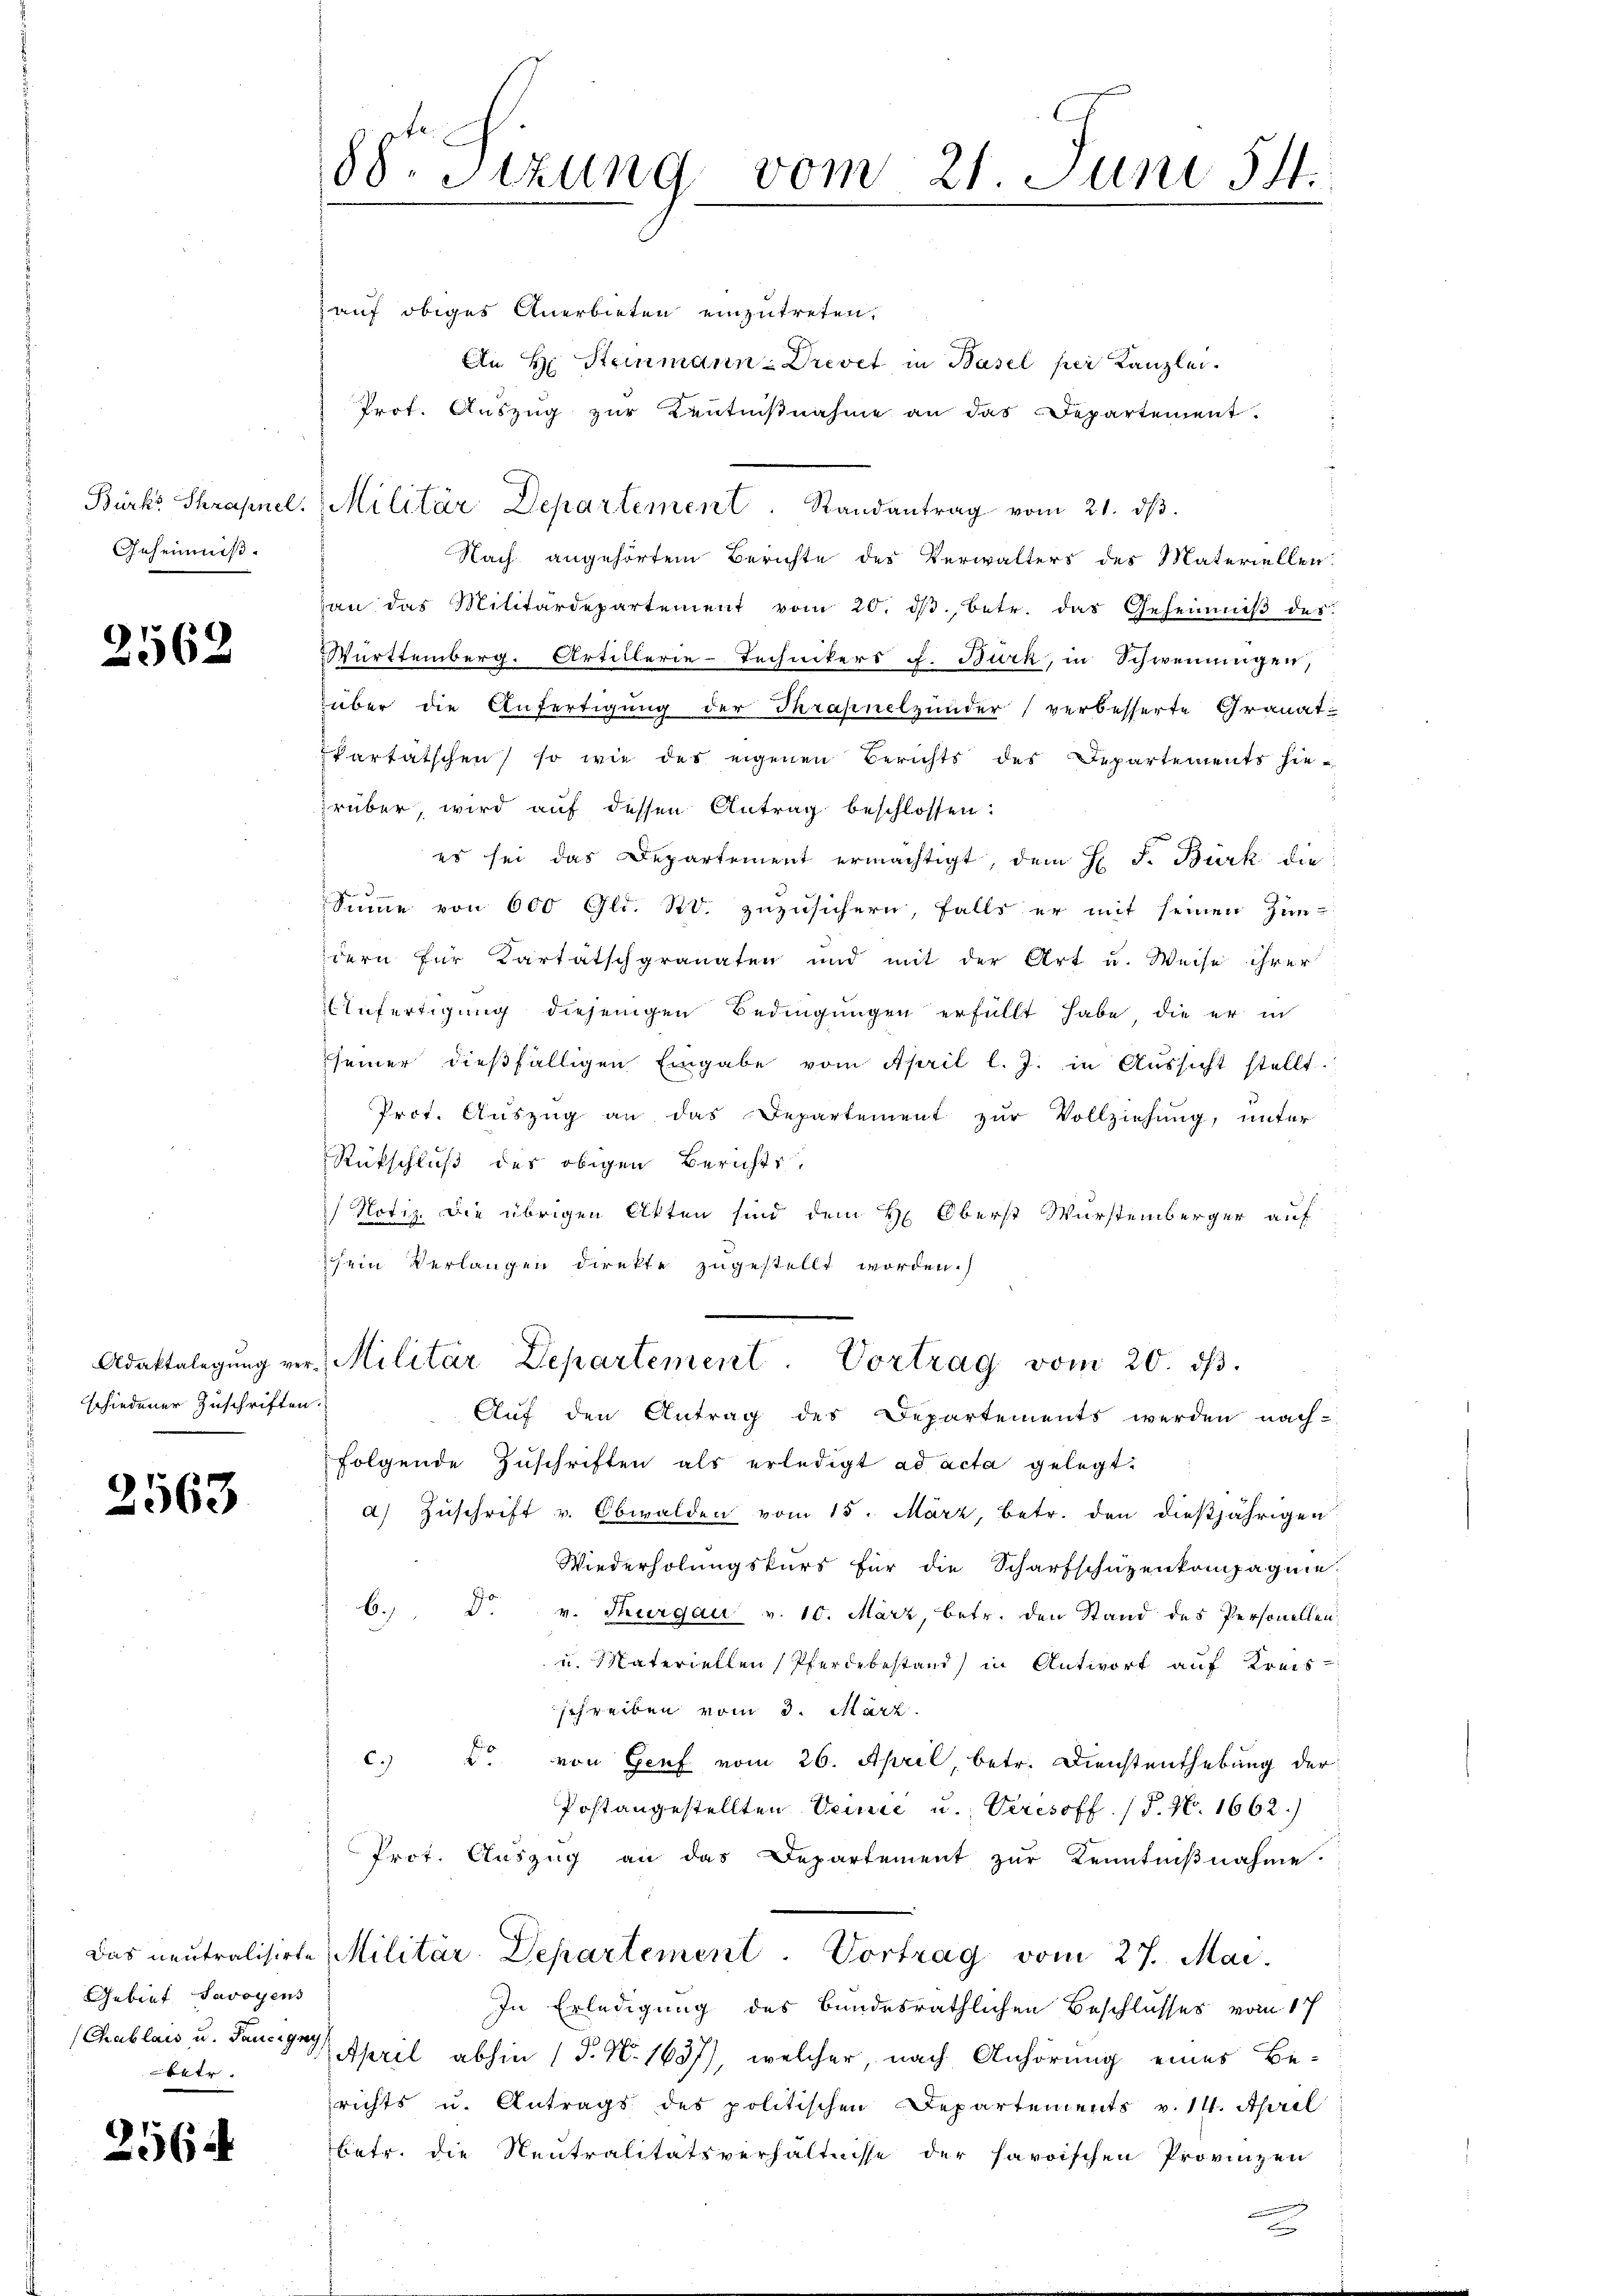
Bürks Shrahnel.
Geheimis.

2562

schiedener Zuschriften.

2563

Gebiet Savoyens
u
betr.

2564

88. Sizung vom 21. Juni 54.

auf obiges Anerbieten einzutreten.
An H. Steinmann-Drevet in Basel per Kanzlei.
Prof. Auszug zur Zentnisnahme an das Departement.
Nach angehörtem Berichte des Verwalters des Materiellen:
van das Militärdepartement vom 20. dβ betr. das Geheimniβ des
Württemberg. Artillerie-Technikers J. Bürk, in Schweinungen,
über die Anfertigung der Thrapnelzunder verbesserte Granat
Vartätschen) so wie des eigenen Berichts des Departements hierüber, wird auf dessen Antrag beschlossen:
es sei das Departement ermächtigt, dem H. F. Bürk die
Summe von 600 Gld. Std. zuzusichern, falls er mit seinen Zim-
dern für Kartatschgranaten und mit der Art u. Weise ihrer
Zufertigung diejenigen Bedingungen erfüllt habe, die er in
seiner dießfälligen Eingabe vom April l. J. in Aŭssicht stellt.
Prot. Auszug an das Departement zur Vollziehung, unter
Rückschluß des obigen Berichts,
/ Notiz Die übrigen Akten sind dem H: Oberst Wurstemberger auf
schein Verlangen direkte zugestellt worden.
Adattalegŭng ver Militär Departement. Vortrag vom 20. ds.
Auf den Antrag des Departements werden nach-
folgende Zuschriften als erledigt ad acta gelegt:
a) Zuschrift v. Obwalden vom 15. März, betr. den dießjährigen
Wiederholungskurs für die Scharfschüzenkompagnie
6. Dr. v. Thurgau v. 10. März, betr. den Stand des Personellen
u. Materiellen (Pferdebestand in Antwort auf Kreisschreiben vom 3. März
c. u. von Genf vom 26. April, betr. Dienstenthebung der
Postangestellten Venie u. Veresoff. (T. N. 1662.)
Prot. Aŭszŭg an das Departement zŭr Kenntniβnahme.
Das neutralisirte Militär-Departement. Vortrag vom 27. Mai.
In Erledigung des bundesräthlichen Beschlusses vom 17
Chablais u. Janer April abhin (P. Nr. 1637), welcher, nach Anhörung eines Be-
richts u. Antrags des politischen Departements v. 14. April
betr. die Neutralitätsverhältnisse der haroischen Provinzen
m

Militär Departement Randantrag vom 21. dβ.

nun